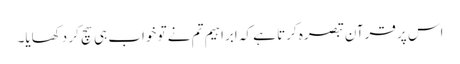
اس پر قرآن تبصرہ کرتا ہے کہ ابراہیم تم نے تو خواب ہی سچ کر دکھایا۔